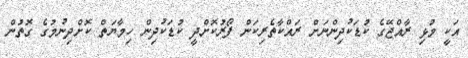
އަކީ މުޅި ރާއްޖޭގެ ކުޑަކުދިންނަށް ރައްކާތެރިކަން ފޯރުކޮށްދީ ކުޑަކުދިން ހިމާޔަތް ކޮށްދިނުމުގެ ގޮތުން